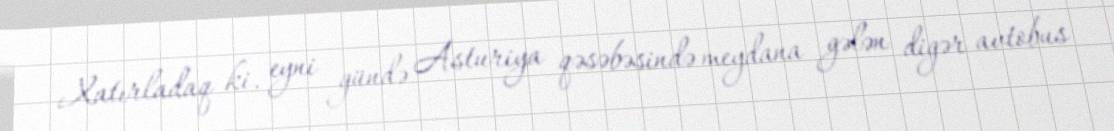
Xatırladaq ki, eyni gündə Asturiya qəsəbəsində meydana gələn digər avtobus